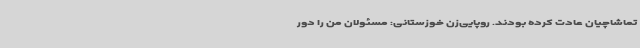
تماشاچیان عادت کرده بودند. روپایی‌زن خوزستانی: مسئولان من را دور